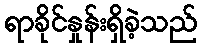
ရာခိုင်နှုန်းရှိခဲ့သည်